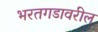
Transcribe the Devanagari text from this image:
भरतगडावरील